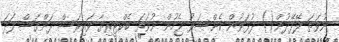
ނުވަތަ ލޭފޭދުން() ދުޅަވުން ކެންސަރު ޖެހުން ނުވަތަ ބެކްޓީރިޔާ ވައިރަސް ފަންގަސް ފަދަ